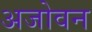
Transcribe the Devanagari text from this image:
अजोवन